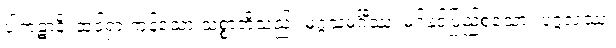
ပါကဋာနိ၊ ထင်ရှားကုန်သော သစ္စာတို့သည်။ မဂ္ဂသမင်္ဂီဿ၊ မဂ်နှင့်ပြည့်စုံသော။ ပုဂ္ဂလဿ၊